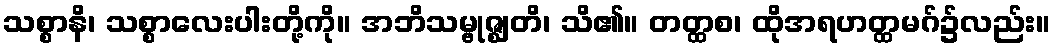
သစ္စာနိ၊ သစ္စာလေးပါးတို့ကို။ အဘိသမ္ဗုဇ္ဈတိ၊ သိ၏။ တတ္ထစ၊ ထိုအရဟတ္ထမဂ်၌လည်း။